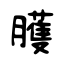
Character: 臒